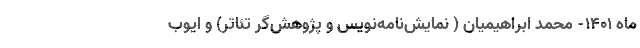
ماه ۱۴۰۱- محمد ابراهیمیان ( نمایش‌نامه‌نویس و پژوهش‌گر تئاتر) و ایوب